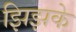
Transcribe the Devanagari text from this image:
झिझके